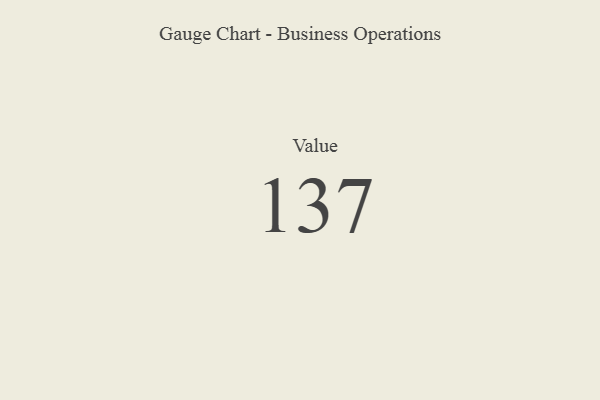
{"axis": {"x": "Metric", "y": "Value"}, "legend": [""], "data": [{"x": "Value", "y": 137, "type": ""}]}